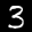
Label: 3